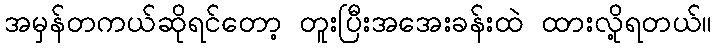
အမှန်တကယ်ဆိုရင်တော့ တူးပြီးအအေးခန်းထဲ ထားလို့ရတယ်။